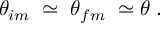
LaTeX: { \theta } _ { i m } \; \simeq \; { \theta } _ { f m } \; \simeq \theta \; .